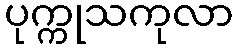
ပုက္ကုသကုလာ